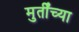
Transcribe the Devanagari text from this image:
मुर्तींच्या